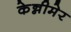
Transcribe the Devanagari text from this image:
केन्नीमेर